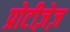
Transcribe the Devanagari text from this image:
प्रोटीज़ेज़